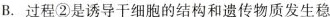
B.过程②是诱导干细胞的结构和遗传物质发生稳